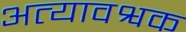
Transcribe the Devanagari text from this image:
अत्यावश्वक